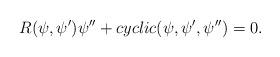
LaTeX: \begin{align*}R(\psi,\psi')\psi'' + cyclic(\psi,\psi',\psi'') = 0.\end{align*}